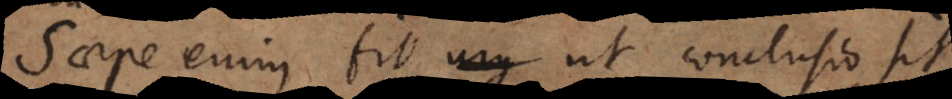
Saepe enim fit ut conclusio sit